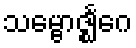
သမ္ဗောဇ္ဈင်္ဂေ